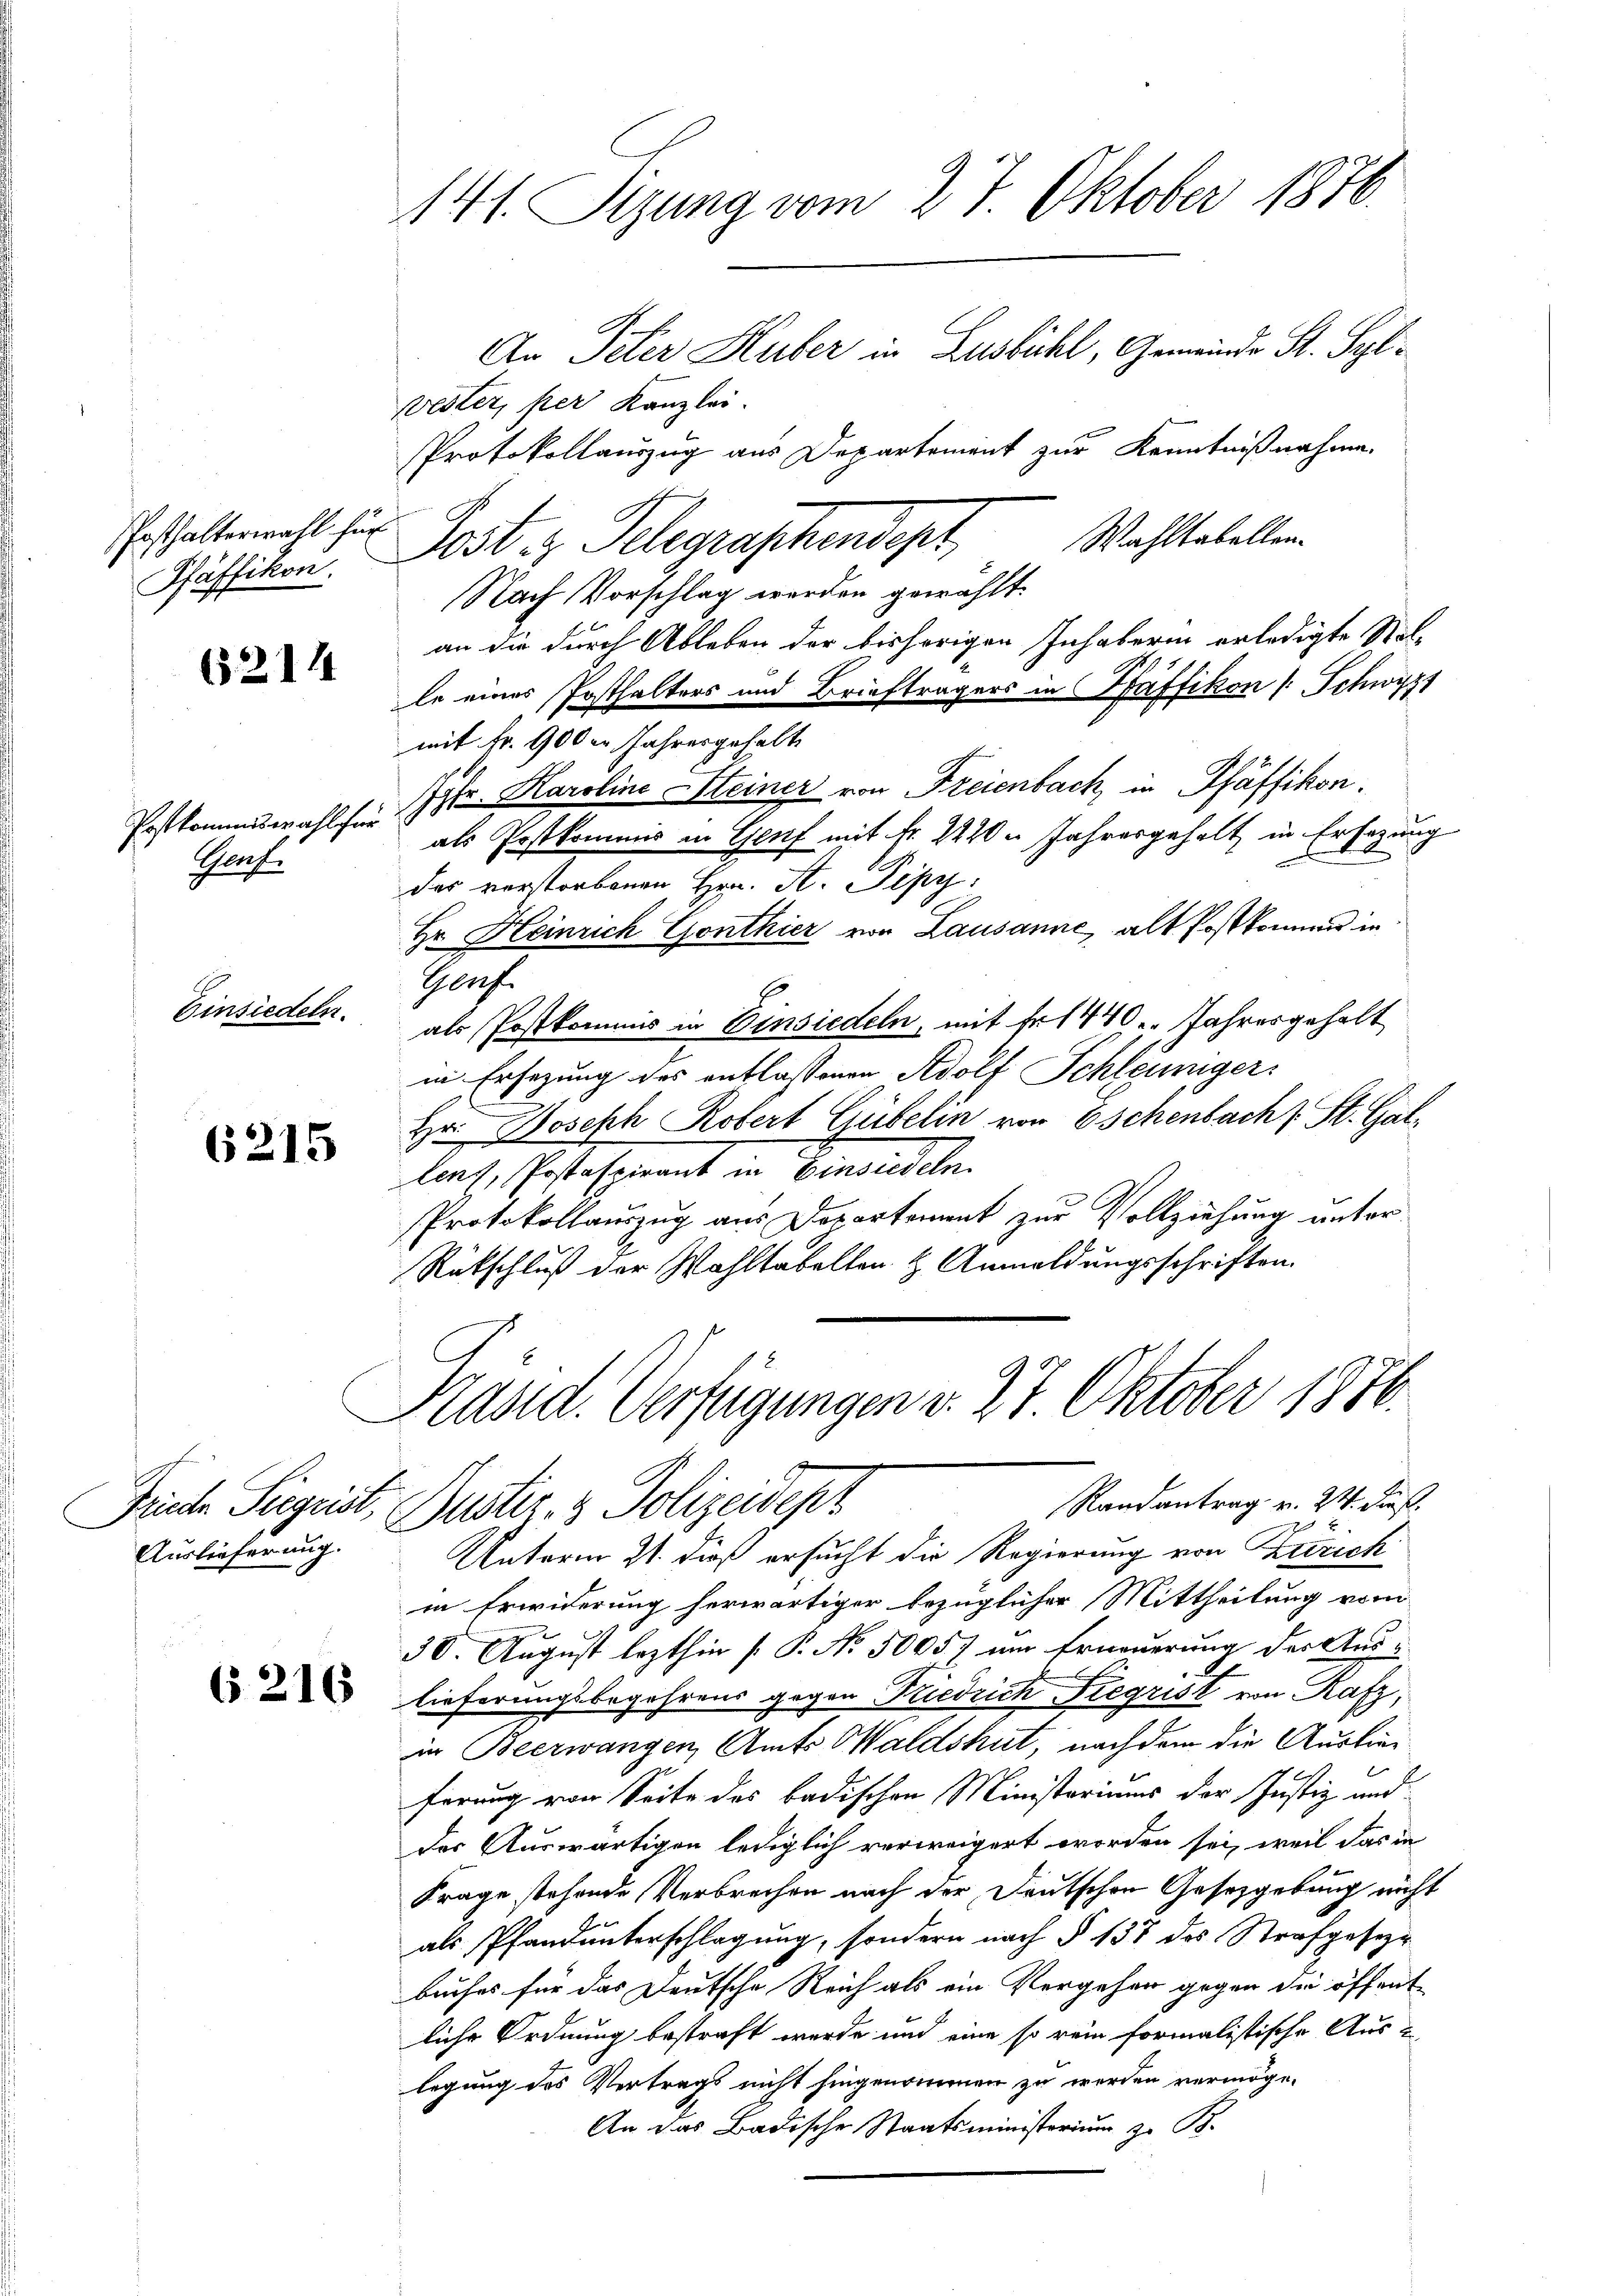
Posthalterwahl für
Pfäffikon.

65214

Worf.
Einsiedeln.

6215

Auslieferung.

6216

141. Sizung vom 27. Oktober 1876.
An Peter Huber in Lusbühl, Gemeinde St. Syl
Vester, per Kanzlei.
Protokollauszug aus Departement zur Kenntnißnahme.

Post z. Telegraphendept, Wahltabellen
Nach Vorschlag werden gewählt.
mit Fr. 900 er Jahresgehalt
Postkommiswahlen Istr. Karolina Heiner von Freienbach, in Pfäffikon.
als Postkommis in Genf mit Fr. 1220. Jahresgehalt in Ersezung
das vorstorbenen Hrn. St. Pipp
Hr. Heinrich Gonthier von Lausanne, alt Postkommens in
Gruf.
als Postkommis in Einsiedeln, mit Fr. 1440. Jahresgehalt
in Ersezung des entlassenen Adolf Schleuniger
Dr Joseph Robert Cubelin von Eschenbach St. Gallans, Erstehent in Benwiedeln.
Protokollauszug aus Departement zur Vollziehung unter
Rütschluß der Wahltabellen & Anmeldungsschriften.

an die durch Ableben der bisherigen Inhaberin erledigte Stel-
le eines Posthalters und Briefträgers in Pfäffikon (Schwyzt

Kand. Verfügungen v. 27 Oktober 1876.
Randantrag v. 24. dies
Frieder Seegeist, Justiz- & Polizeidept

Unterm 21. dieß ersucht die Regierung von Strich
in Erwiderung herwärtiger bezüglicher Mittheilung vom
30. August lezthin [P. No. 5005) um Erneuerung der Auslieferungsbegehrens gegen Friedrich Fregrist von Rafz,
in Beerwangen Amts Waldshut, nachdem die Auslieferung von Seite des badischen Ministeriums der Justiz und
der Auswärtigen lediglich verweigert worden sei, weil das in
Frage stehende Verbrechen nach der Deutschen Gesetzgebung nicht
als Pfandunterschlagung, sondern nach § 137 des Strafgesezbuches für das Deutsche Reich als ein Vergehen gegen die öffent
liche Ordnung bestraft wurde und eine so rein formalistische Aus-
legung des Vertrags nicht hingenommen zu werden vermöge.
An das Badische Staatsministerium zu B.